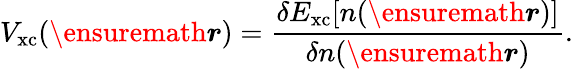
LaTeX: V_{\mathrm{xc}}(\ensuremath{\boldsymbol{r}})=\frac{\delta E_{\mathrm{xc}}[n(\ensuremath{\boldsymbol{r}})]}{\delta n(\ensuremath{\boldsymbol{r}})}.